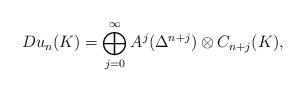
LaTeX: \begin{align*}Du_{n}(K)=\bigoplus_{j=0}^{\infty} A^j(\Delta^{n+j})\otimes C_{n+j}(K),\end{align*}